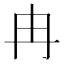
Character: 冉